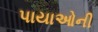
પાયાઓની